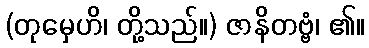
(တုမှေဟိ၊ တို့သည်။) ဇာနိတဗ္ဗံ၊ ၏။